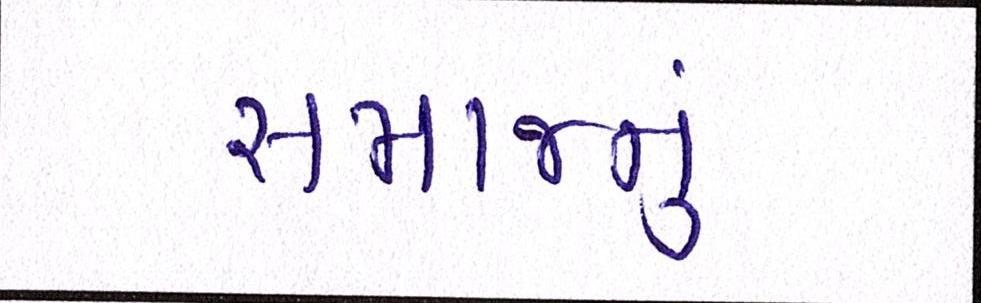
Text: સમાજનું